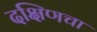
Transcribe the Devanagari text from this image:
दक्षिणचा